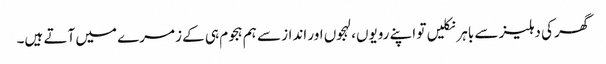
گھر کی دہلیز سے باہر نکلیں تو اپنے رویوں، لہجوں اور انداز سے ہم ہجوم ہی کے زمرے میں آتے ہیں۔